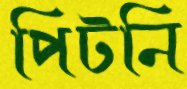
পিটনি